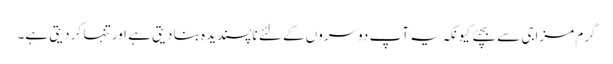
گرم مزاجی سے بچئے کیونکہ یہ آپ دوسروں کے لئے ناپسندیدہ بنا دیتی ہے اور تنہا کر دیتی ہے۔